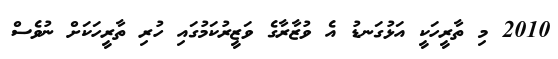
2010 މި ތާރީހަކީ އަޅުގަނޑު އެ ވުޒާރާގެ ވަޒީރުކަމުގައި ހުރި ތާރީހަކަށް ނުވެސް